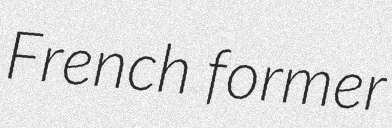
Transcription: French former